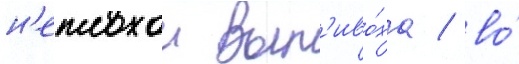
н'еплохои вып'иво́ха / во́